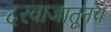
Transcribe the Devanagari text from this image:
दरवाजातूनच